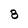
Character: 8